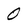
Character: 0